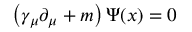
\left( \gamma _ { \mu } \partial _ { \mu } + m \right) \Psi ( x ) = 0